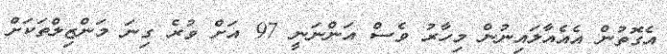
އެގޮތުން އެއެއާލައިނުން މިހާރު ވެސް އަންނަނީ 97 އަށް ވުރެ ގިނަ މަންޒިލްތަކަށް